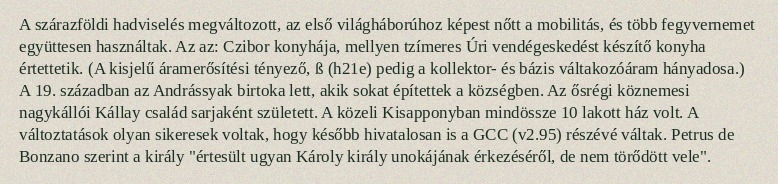
A szárazföldi hadviselés megváltozott, az első világháborúhoz képest nőtt a mobilitás, és több fegyvernemet együttesen használtak. Az az: Czibor konyhája, mellyen tzímeres Úri vendégeskedést készítő konyha értettetik. (A kisjelű áramerősítési tényező, ß (h21e) pedig a kollektor- és bázis váltakozóáram hányadosa.) A 19. században az Andrássyak birtoka lett, akik sokat építettek a községben. Az ősrégi köznemesi nagykállói Kállay család sarjaként született. A közeli Kisapponyban mindössze 10 lakott ház volt. A változtatások olyan sikeresek voltak, hogy később hivatalosan is a GCC (v2.95) részévé váltak. Petrus de Bonzano szerint a király "értesült ugyan Károly király unokájának érkezéséről, de nem törődött vele".